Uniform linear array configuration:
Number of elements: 24
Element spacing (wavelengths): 1
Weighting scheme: cosine
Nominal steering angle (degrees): -60
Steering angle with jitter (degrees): -58.161
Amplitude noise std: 0.05
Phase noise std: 0.05

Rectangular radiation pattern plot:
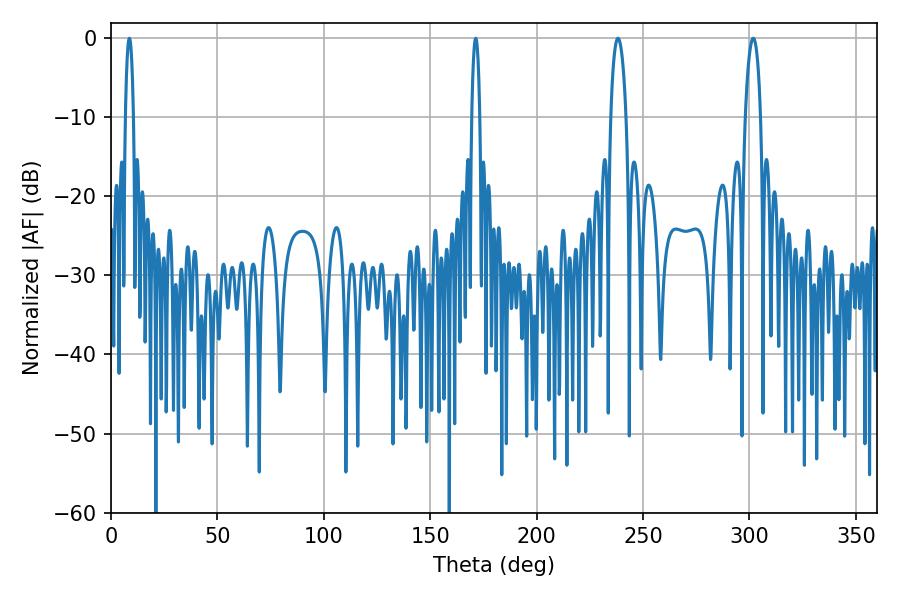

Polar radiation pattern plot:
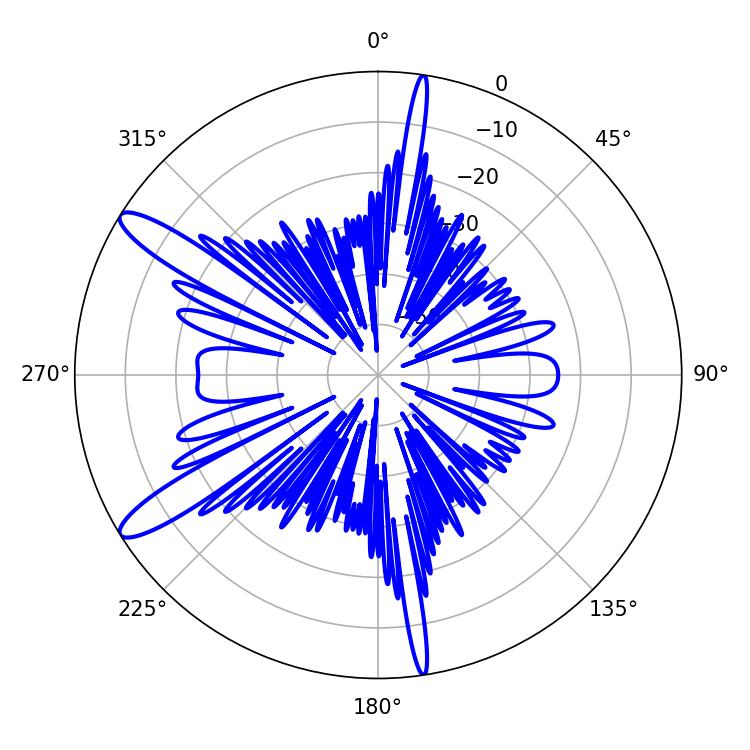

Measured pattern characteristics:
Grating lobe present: TRUE
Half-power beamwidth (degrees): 2.16
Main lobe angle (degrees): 8.64